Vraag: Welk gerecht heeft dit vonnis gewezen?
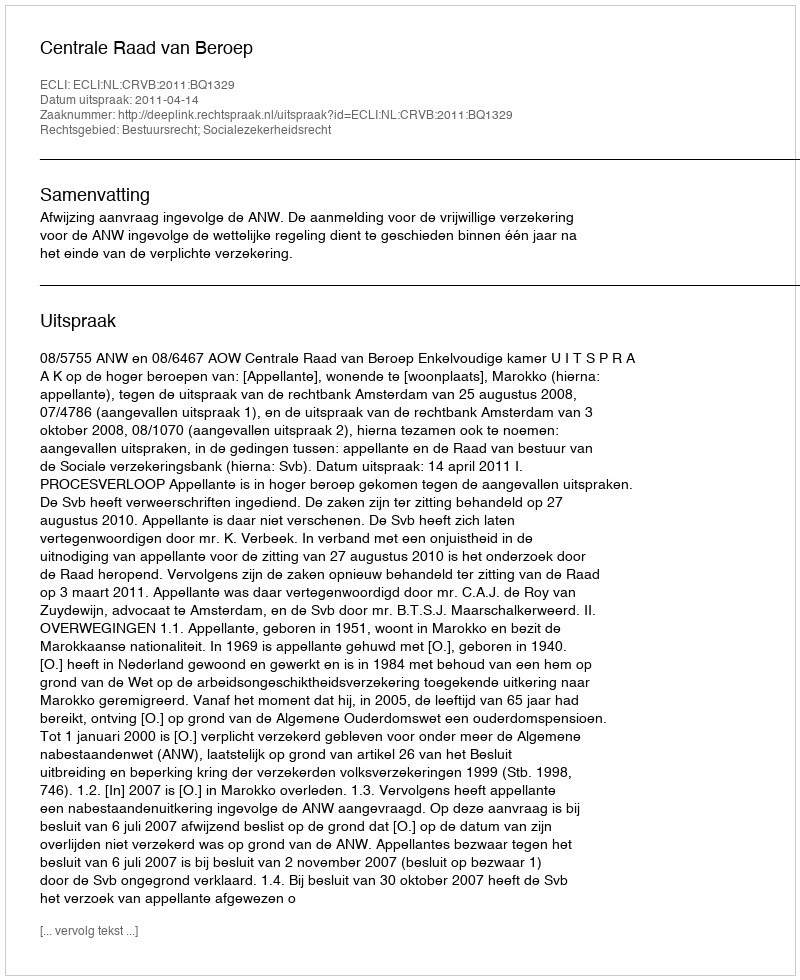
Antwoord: Centrale Raad van Beroep